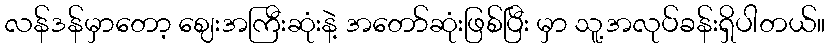
လန်ဒန်မှာတော့ ဈေးအကြီးဆုံးနဲ့ အတော်ဆုံးဖြစ်ပြီး မှာ သူ့အလုပ်ခန်းရှိပါတယ်။